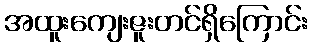
အထူးကျေးဇူးတင်ရှိကြောင်း